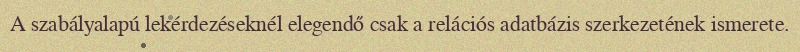
A szabályalapú lekérdezéseknél elegendő csak a relációs adatbázis szerkezetének ismerete.